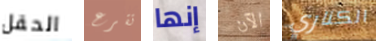
الحقل تقرع إنها الآن الكناري